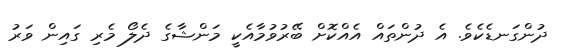
ދުންގަނޑެކެވެ. އެ ދުންތައް އެއްކޮށް ބޭރުވުމާއެކީ މަންޝާގެ ދެލޯ މެރި ގައިން ވަރު